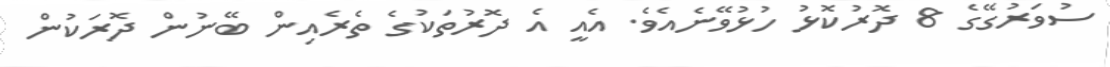
ސުވަރުގޭގެ 8 ދޮރުކޮޅު ހުޅުވޭނެއެވެ. އެއީ އެ ދޮރުތަކުގެ ތެރެއިން ބޭނުން ދޮރަކުން